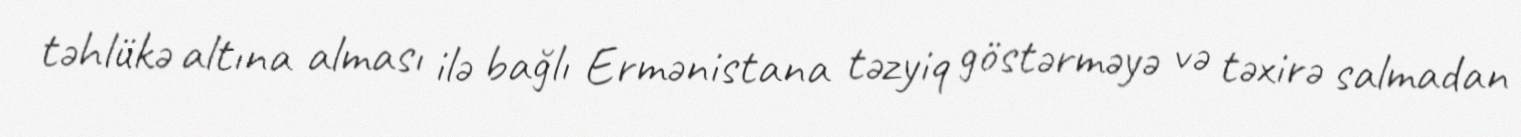
təhlükə altına alması ilə bağlı Ermənistana təzyiq göstərməyə və təxirə salmadan